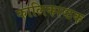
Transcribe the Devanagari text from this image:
कालिकाष्टक